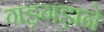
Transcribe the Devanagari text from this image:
गड़गड़ाने